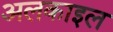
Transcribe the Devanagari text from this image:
अलकाइल